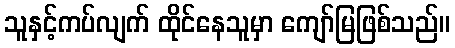
သူနှင့်ကပ်လျက် ထိုင်နေသူမှာ ကျော်မြဖြစ်သည်။